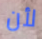
لأن